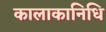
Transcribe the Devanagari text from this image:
कालाकानिधि